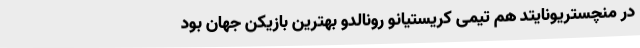
در منچستریونایتد هم تیمی کریستیانو رونالدو بهترین بازیکن جهان بود